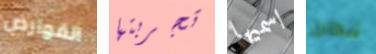
القوارض تجربتها اسميها نحن